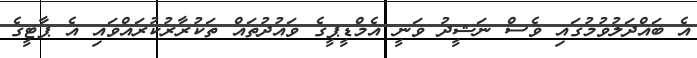
އެ ބައްދަލުވުމުގައި ވެސް ނަޝީދު ވަނީ އެމްޑީޕީގެ ވައުދުތައް ތަކުރާރުކުރައްވައި އެ ޕާޓީގެ